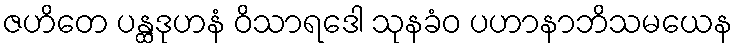
ဇဟိတေ ပန္ထဒုဟနံ ဝိသာရဒေါ သုနခံဝ ပဟာနာဘိသမယေန